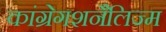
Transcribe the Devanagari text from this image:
कांग्रेगशनैलिज्म